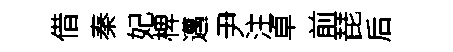
借秦妃椑邁尹注卓前琵后